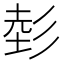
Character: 𱝢